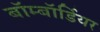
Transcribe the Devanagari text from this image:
बॉम्बॉर्डियर